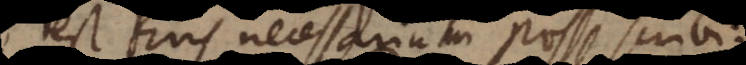
est Ens necessarium posse scribi: